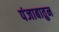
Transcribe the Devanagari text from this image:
पंजाबातुन